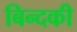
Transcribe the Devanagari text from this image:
बिन्‍दकी